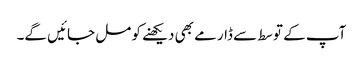
آپ کے توسط سے ڈارمے بھی دیکھنے کو مل جائیں گے۔